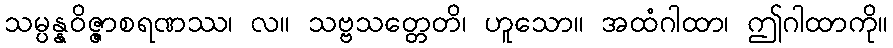
သမ္ပန္နဝိဇ္ဇာစရဏဿ၊ လ။ သဗ္ဗသတ္တေတိ၊ ဟူသော။ အထံဂါထာ၊ ဤဂါထာကို။